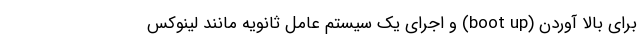
برای بالا آوردن (boot up) و اجرای یک سیستم عامل ثانویه مانند لینوکس